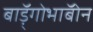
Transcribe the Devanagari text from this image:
बाॅड़्गोभाॅबोन